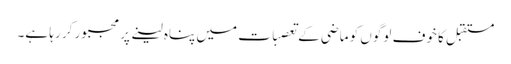
مستقبل کا خوف لوگوں کو ماضی کے تعصبات میں پناہ لینے پر مجبور کر رہا ہے۔